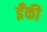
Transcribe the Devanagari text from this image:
ईँकी